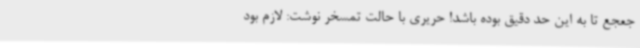
جعجع تا به این حد دقیق بوده باشد! حریری با حالت تمسخر نوشت: لازم بود